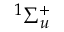
^ 1 \Sigma _ { u } ^ { + }